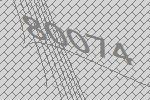
80074